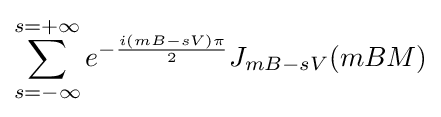
\sum \limits _{s=-\infty }^{s=+\infty }{e^{-{{i(mB-sV)\pi } \over 2}}J_{mB-sV}}(mBM)